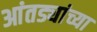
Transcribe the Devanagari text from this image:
आंतड्यांच्या